38_143685_box_Incident_Summaries_101-172
Agency: Department of War
Page 27
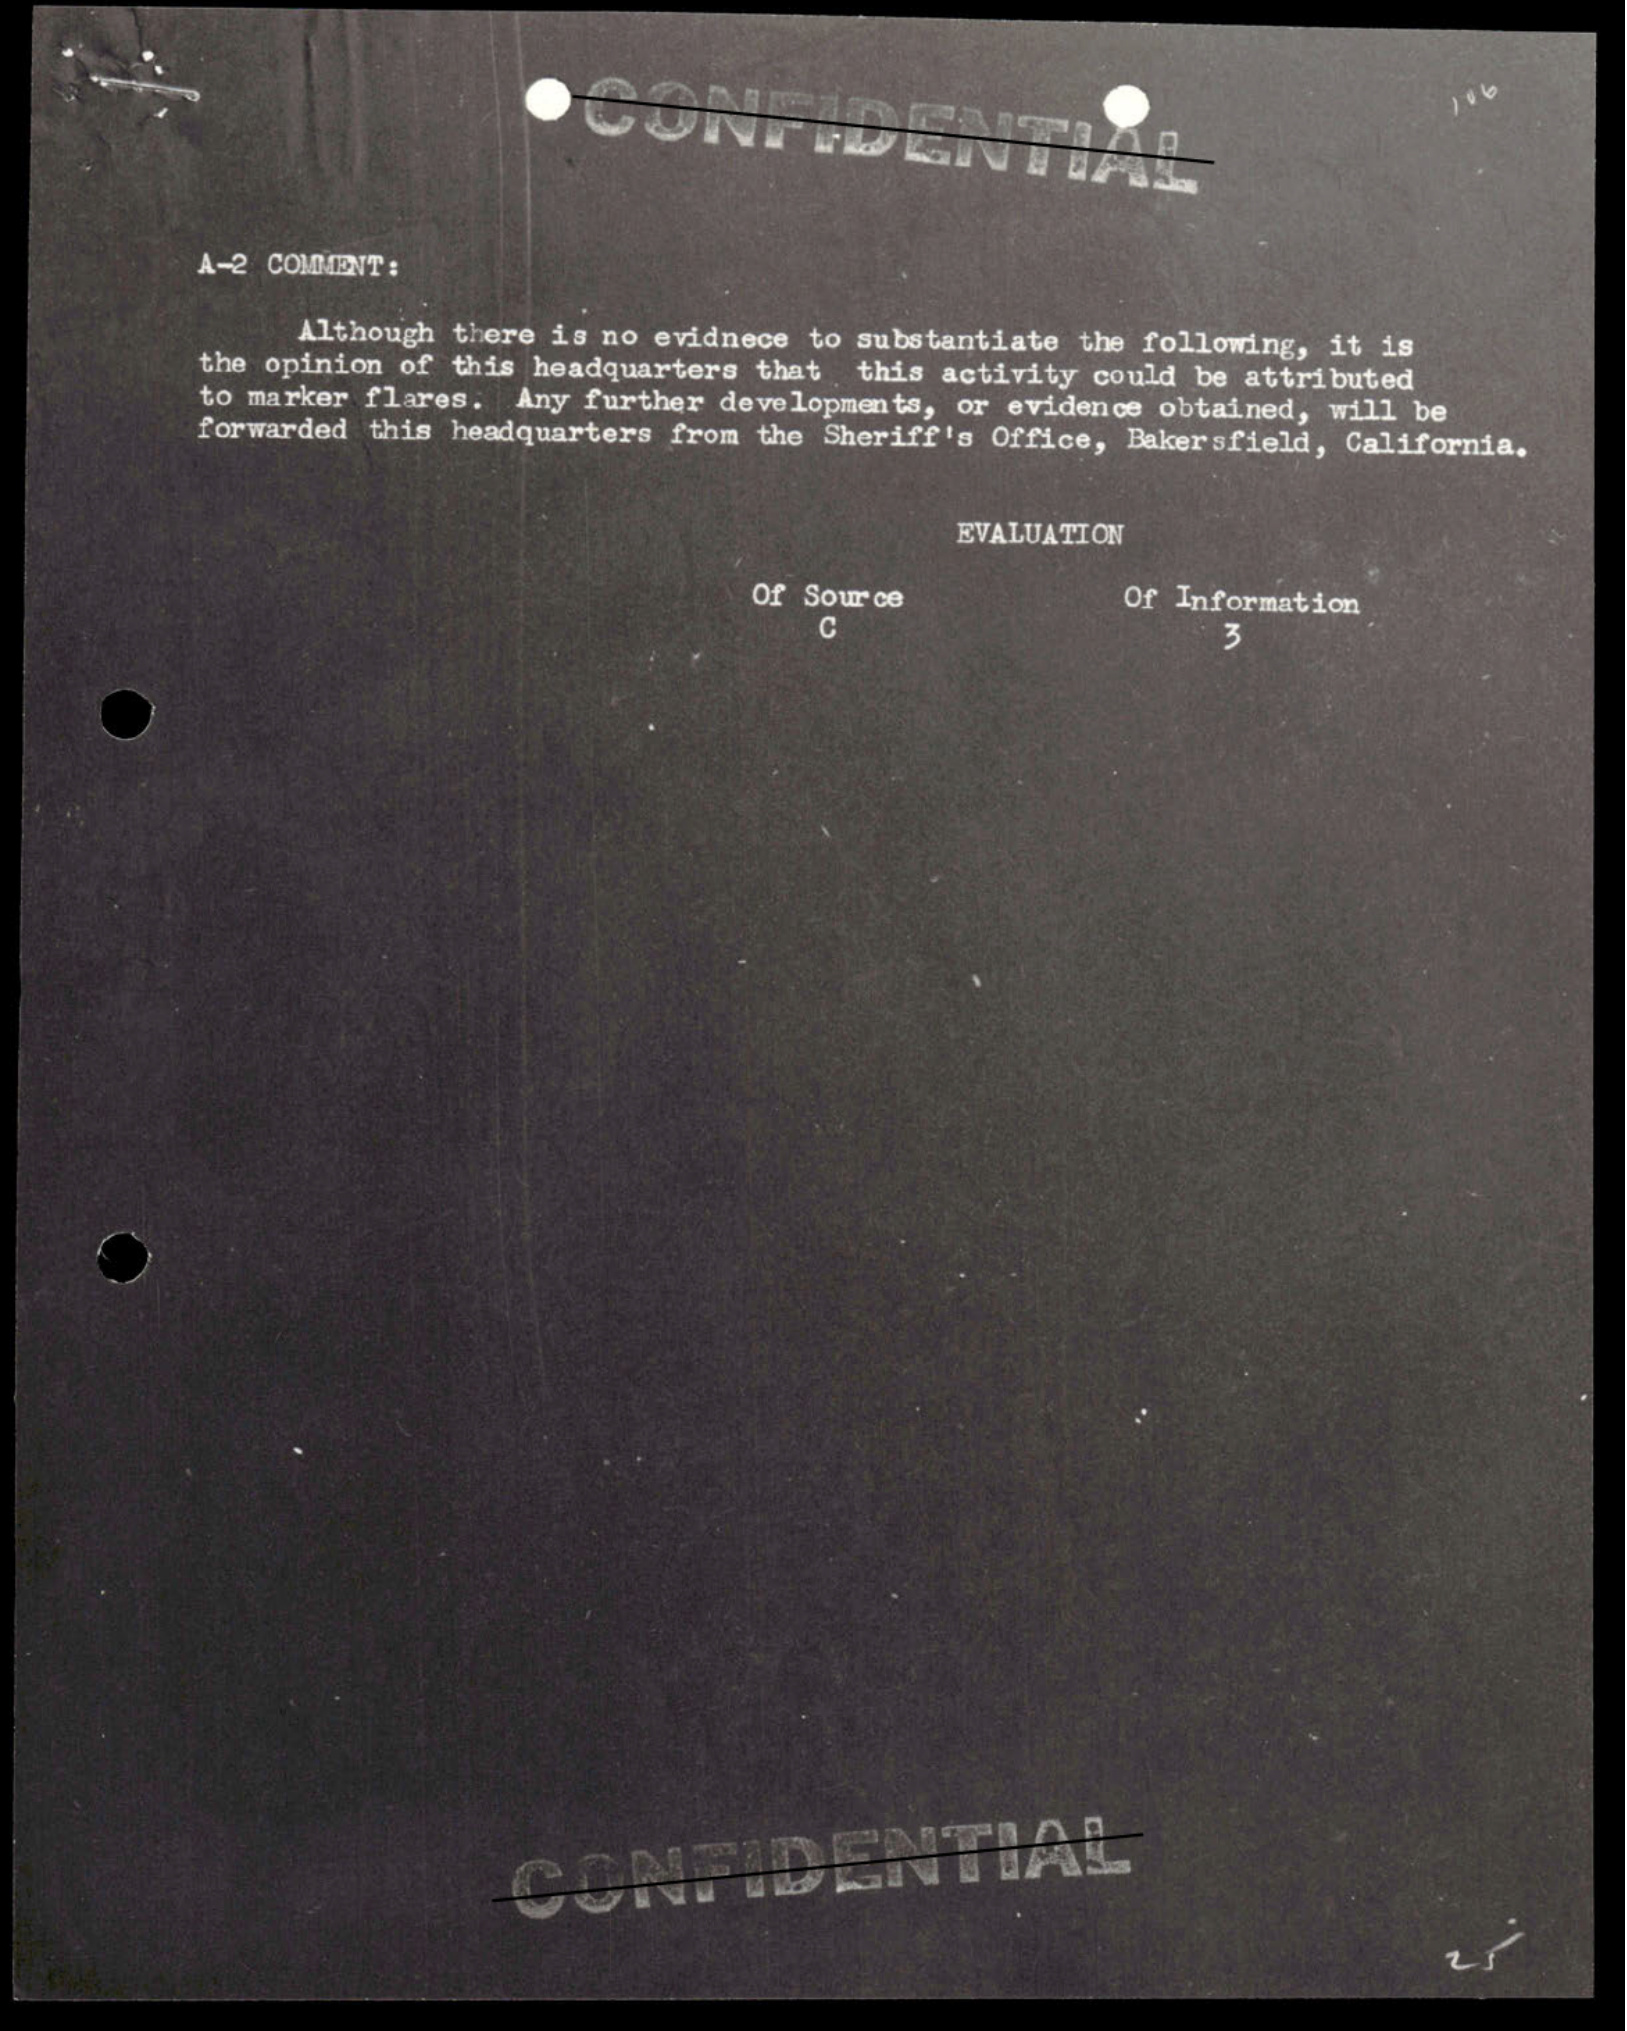